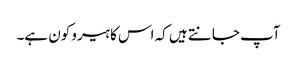
آپ جانتے ہیں کہ اس کا ہیرو کون ہے۔